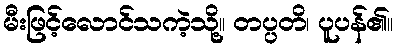
မီးဖြင့်လောင်သကဲ့သို့။ တပ္ပတိ၊ ပူပန်၏။